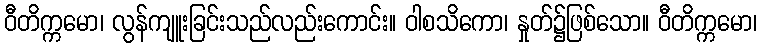
ဝီတိက္ကမော၊ လွန်ကျူးခြင်းသည်လည်းကောင်း။ ဝါစသိကော၊ နှုတ်၌ဖြစ်သော။ ဝီတိက္ကမော၊